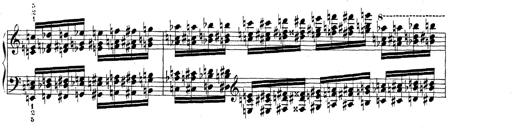
Title: Technische Studien
Composer: Franz Liszt